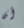
أن